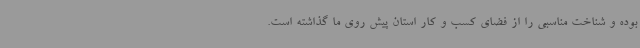
بوده و شناخت مناسبی را از فضای کسب و کار استان پیش روی ما گذاشته است.